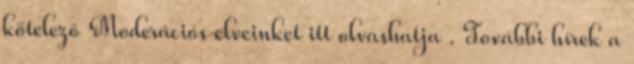
kötelező Moderációs elveinket itt olvashatja . További hírek a